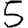
Digit: 5